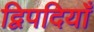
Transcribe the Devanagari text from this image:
द्विपदियाँ